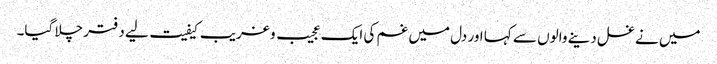
میں نے غسل دینے والوں سے کہا اور دل میں غم کی ایک عجیب و غریب کیفیت لیے دفتر چلا گیا۔